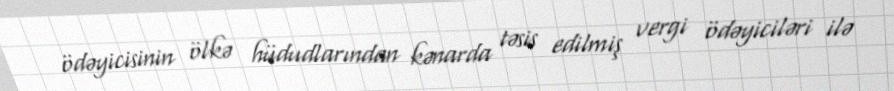
ödəyicisinin ölkə hüdudlarından kənarda təsis edilmiş vergi ödəyiciləri ilə